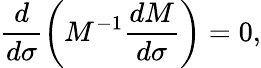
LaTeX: \frac{d}{d\sigma}\left(M^{-1}\frac{dM}{d\sigma}\right)=0,